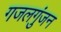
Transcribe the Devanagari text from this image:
गजलगुंजन